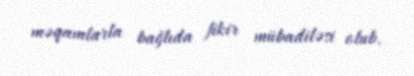
məqamlarla bağlıda fikir mübadiləsi olub.